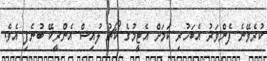
ކުރެވޭނެ ފެންވަރު އެބަހުރި ކަމަށް އެޓީމުގެ ކޯޗު ލުއިސް އެންރީކޭ ބުނެފި އެވެ.